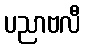
ပညာဗလီ